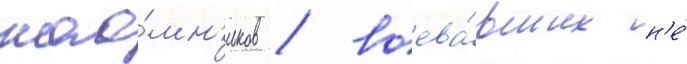
нао́мн'иков / воева́вших н'е́